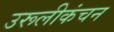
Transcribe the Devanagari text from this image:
उरूलीकंचन